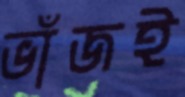
ভাঁজই